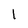
Character: 1